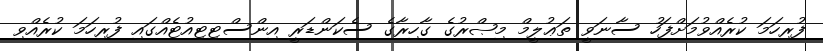
ފުރިހަމަ ކުރެއްވުމަށްފަހު ސާނަވީ ތަޢުލީމް މިޞްރުގެ ގާހިރާގެ ސެކަންޑަރީ އިންސްޓިޓިއުޓެއްގައި ފުރިހަމަ ކުރެއްވި